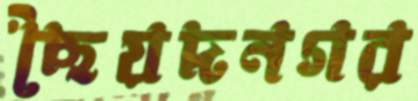
ছৈয়দনগর